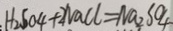
H _ { 2 } S O _ { 4 } + 2 N a C l = N a _ { 2 } S O _ { 4 }